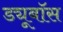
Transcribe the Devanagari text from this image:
ड्यूबॉस